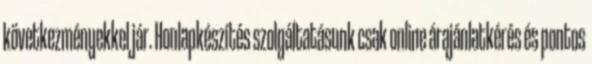
következményekkel jár. Honlapkészítés szolgáltatásunk csak online árajánlatkérés és pontos